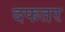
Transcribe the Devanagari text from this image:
दफतर